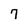
Character: 7